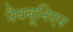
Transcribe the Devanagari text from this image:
नैवबूनिएन